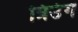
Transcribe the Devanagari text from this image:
त्रिउंग